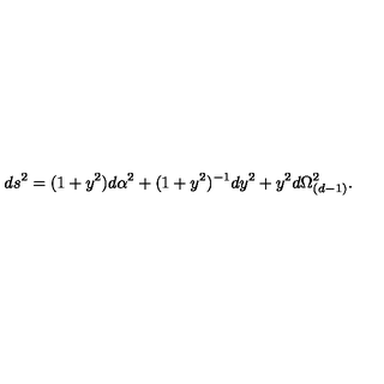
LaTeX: d s ^ { 2 } = ( 1 + y ^ { 2 } ) d \alpha ^ { 2 } + ( 1 + y ^ { 2 } ) ^ { - 1 } d y ^ { 2 } + y ^ { 2 } d \Omega _ { ( d - 1 ) } ^ { 2 } .